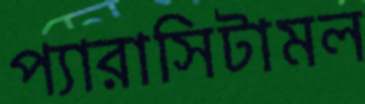
প্যারাসিটামল